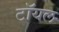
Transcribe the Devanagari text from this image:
टॉयल